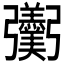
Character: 𢑌